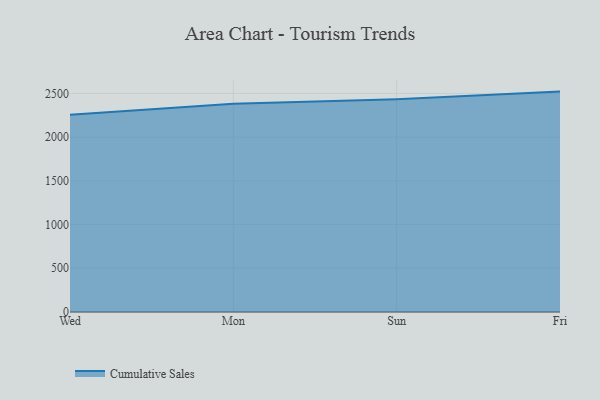
{"axis": {"x": "Day", "y": "Page Views"}, "legend": ["Cumulative Sales"], "data": [{"x": "Wed", "y": 2256.4, "type": "Cumulative Sales"}, {"x": "Mon", "y": 2382.2, "type": "Cumulative Sales"}, {"x": "Sun", "y": 2432.6, "type": "Cumulative Sales"}, {"x": "Fri", "y": 2521.0, "type": "Cumulative Sales"}]}